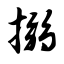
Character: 搦